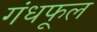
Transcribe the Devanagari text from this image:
गंधफूल